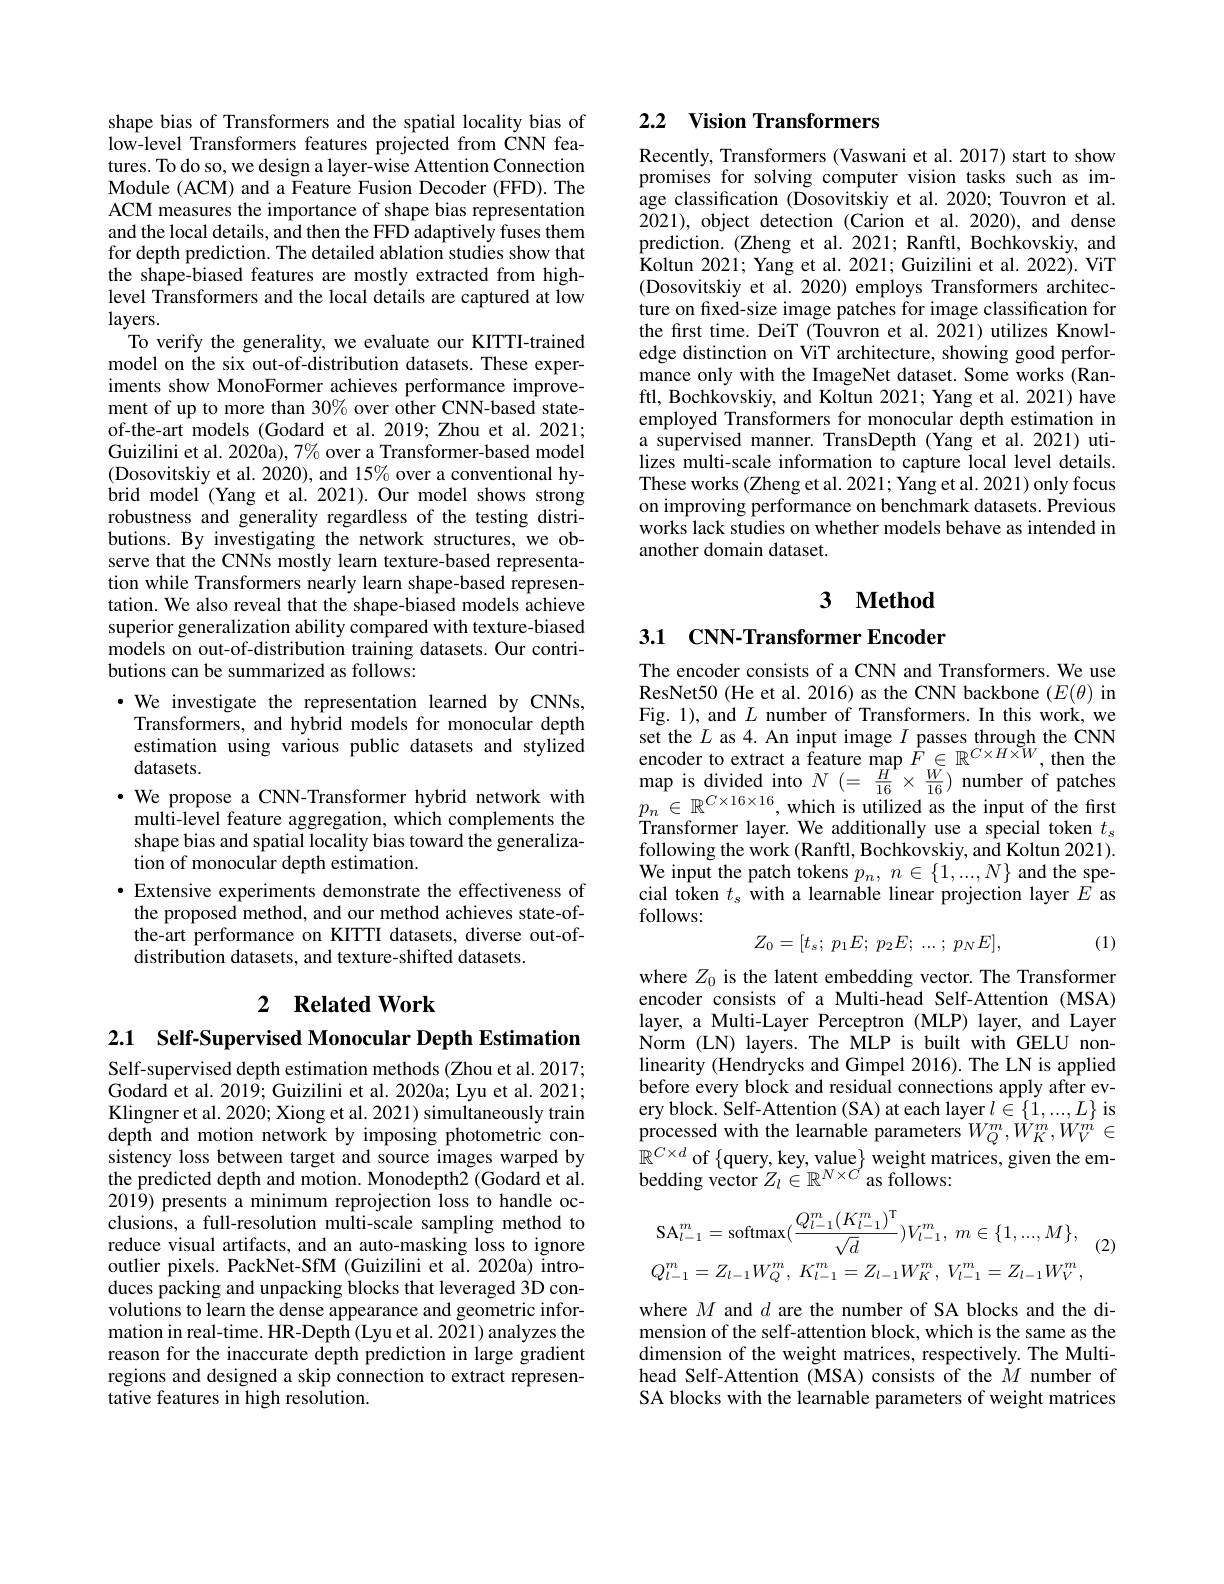
shape bias of Transformers and the spatial locality bias of low-level Transformers features projected from CNN features. To do so, we design a layer-wise Attention Connection Module (ACM) and a Feature Fusion Decoder (FFD). The ACM measures the importance of shape bias representation and the local details, and then the FFD adaptively fuses them for depth prediction. The detailed ablation studies show that the shape-biased features are mostly extracted from highlevel Transformers and the local details are captured at low layers.
To verify the generality, we evaluate our KITTI-trained model on the six out-of-distribution datasets. These experiments show MonoFormer achieves performance improvement of up to more than 30% over other CNN-based stateof-the-art models (Godard et al.2019; Zhou et al.2021; Guizilini et al. 2020a), 7% over a Transformer-based model (Dosovitskiy et al. 2020), and 15% over a conventional hybrid model (Yang et al.2021).Our model shows strong robustness and generality regardless of the testing distributions. By investigating the network structures, we observe that the CNNs mostly learn texture-based representation while Transformers nearly learn shape-based representation. We also reveal that the shape-biased models achieve superior generalization ability compared with texture-biased models on out-of-distribution training datasets. Our contributions can be summarized as follows:
$\cdot$ We investigate the representation learned by CNNs,
Transformers, and hybrid models for monocular depth estimation using various public datasets and stylized datasets.
$\cdot$ We propose a CNN-Transformer hybrid network with
multi-level feature aggregation, which complements the shape bias and spatial locality bias toward the generalization of monocular depth estimation.
$\bullet$ Extensive experiments demonstrate the effectiveness of the proposed method, and our method achieves state-ofthe-art performance on KITTI datasets, diverse out-ofdistribution datasets, and texture-shifted datasets.

# 2 Related Work

2.1 $\textbf{Self- Supervised Monocular Depth Estimation}$

Self-supervised depth estimation methods (Zhou et al. 2017; Godard et al. 2019; Guizilini et al. 2020a; Lyu et al. 2021; Klingner et al. 2020; Xiong et al. 2021) simultaneously train depth and motion network by imposing photometric consistency loss between target and source images warped by the predicted depth and motion. Monodepth2 (Godard et al. 2019) presents a minimum reprojection loss to handle occlusions, a full-resolution multi-scale sampling method to reduce visual artifacts, and an auto-masking loss to ignore outlier pixels. PackNet-SfM (Guizilini et al. 2020a) introduces packing and unpacking blocks that leveraged 3D convolutions to learn the dense appearance and geometric information in real-time. HR-Depth (Lyu et al. 2021) analyzes the reason for the inaccurate depth prediction in large gradient regions and designed a skip connection to extract representative features in high resolution.

## 2.2 Vision Transformers

Recently, Transformers (Vaswani et al. 2017) start to show promises for solving computer vision tasks such as image classification (Dosovitskiy et al. 2020; Touvron et al. 2021), object detection (Carion et al.2020), and dense prediction.(Zheng et al.2021; Ranftl, Bochkovskiy, and Koltun 2021; Yang et al. 2021; Guizilini et al. 2022). ViT (Dosovitskiy et al. 2020) employs Transformers architecture on fixed-size image patches for image classification for the first time. DeiT (Touvron et al. 2021) utilizes Knowledge distinction on ViT architecture, showing good performance only with the ImageNet dataset. Some works (Ranftl, Bochkovskiy, and Koltun 2021; Yang et al. 2021) have employed Transformers for monocular depth estimation in a supervised manner. TransDepth (Yang et al.2021) utilizes multi-scale information to capture local level details. These works (Zheng et al. 2021; Yang et al. 2021) only focus on improving performance on benchmark datasets. Previous works lack studies on whether models behave as intended in another domain dataset.

## 3 $\textbf{Method}$

3.1 CNN-Transformer Encoder

The encoder consists of a CNN and Transformers. We use ResNet50 (He et al. 2016) as the CNN backbone $(E(\theta)$ in Fig. 1), and $L$ number of Transformers. In this work, we set the $L$ as 4. An input image $I_{\mathrm{~passes~through~the~CNN}}$ encoder to extract a feature map $F\in \mathbb{R} ^{C\times H\times W}$,then the map is divided into $N\left ( = \begin{array} { c } \frac H{16}\times \frac W{16}) \end{array} \right )$number of patches $p_{n}\in \mathbb{R} ^{C\times 16\times 16}$,which is utilized as the input of the first Tref hered redered Transformer layer. We additionally use a special token $t_s$ following the work (Ranftl, Bochkovskiy, and Koltun 2021). We input the patch tokens $p_n,n\in\{1,...,N\}$ and the special token $t_s$ with a learnable linear projection layer $E$ as follows:
$$Z_0=[t_s;\:p_1E;\:p_2E;\:...\:;\:p_NE],$$
(1)

where $Z_0$ is the latent embedding vector. The Transformer encoder consists of a Multi-head Self-Attention (MSA) layer, a Multi-Layer Perceptron (MLP) layer, and Layer Norm (LN) layers. The MLP is built with GELU nonlinearity (Hendrycks and Gimpel 2016). The LN is applied before every block and residual connections apply after every block. Šelf-Attention (SA) at each layer $l\in\{1,...,L\}$ is processed with the learnable parameters $W_Q^m,W_K^m,W_V^m\in$ $\mathbb{R}^{C\times d}$ of $\{$query, key, value$\}$ weight matrices, given the embedding vector $Z_l\in\mathbb{R}^{N\times C}$ as follows:
$$\mathrm{SA}_{l-1}^{m}=\mathrm{softmax}(\frac{Q_{l-1}^{m}(K_{l-1}^{m})^{\mathrm{T}}}{\sqrt{d}})V_{l-1}^{m},\:m\in\{1,...,M\},\\Q_{l-1}^{m}=Z_{l-1}W_{Q}^{m},\:K_{l-1}^{m}=Z_{l-1}W_{K}^{m},\:V_{l-1}^{m}=Z_{l-1}W_{V}^{m},$$
(2)

where $M$ and $d$ are the number of SA blocks and the dimension of the self-attention block, which is the same as the dimension of the weight matrices, respectively. The Multihead Self-Attention (MSA) consists of the $M$ number of SA blocks with the learnable parameters of weight matrices